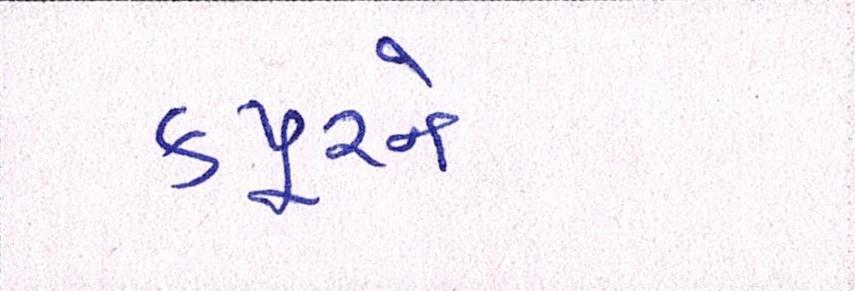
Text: કપૂરને